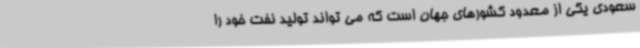
سعودی یکی از معدود کشورهای جهان است که می تواند تولید نفت خود را